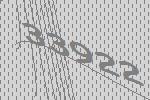
33922